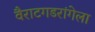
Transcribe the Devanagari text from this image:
वैराटगडरांगेला